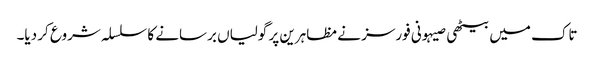
تاک میں بیٹھی صیہونی فورسز نے مظاہرین پر گولیاں برسانے کا سلسلہ شروع کر دیا۔